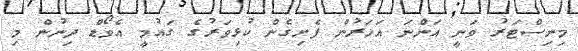
މިނިސްޓަރު ވަނީ އަންނަ އަހަރުން ފެށިގެން ކުޅިވަރުގެ ގައުމީ އެވޯޑް ދިނުން މި